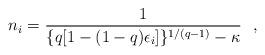
LaTeX: \begin{align*}n_i=\frac{1}{ \{q[ 1-(1-q) \epsilon_i]\}^{1/(q-1)} -\kappa} \ \ ,\end{align*}